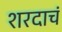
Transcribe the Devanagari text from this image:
शरदाचं